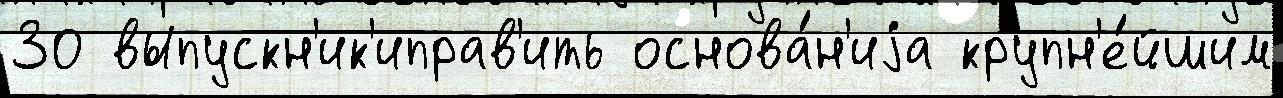
30 выпускн'ик'иправ'ить основа́н'иjа крупн'е́йшим